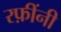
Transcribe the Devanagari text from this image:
रफ़ींनी